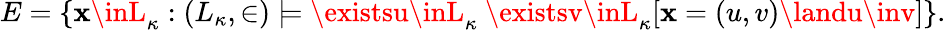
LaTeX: E=\{ \mathbf{x}\inL_{\kappa}:(L_{\kappa},\in)\models\existsu\inL_{\kappa}\ \existsv\inL_{\kappa}[\mathbf{x}=(u,v)\landu\inv]\} .